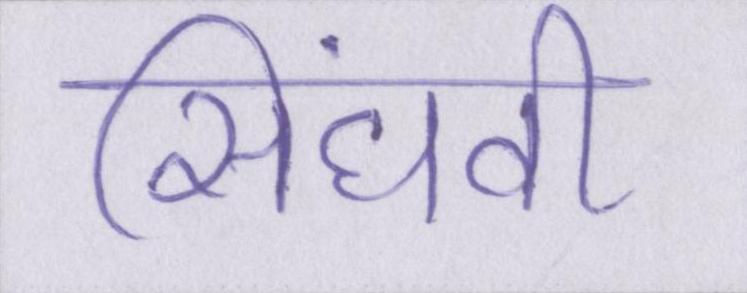
सिंघवी